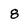
Character: 8